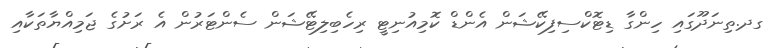
ގދ.ތިނަދޫގައި ހިންގާ ޑިޓޮކްސިފިކޭޝަން އެންޑް ކޮމިއުނިޓީ ރިހެބިލިޓޭޝަން ސެންޓަރުން އެ ރަށުގެ ޖަމިއްޔާތަކާއި